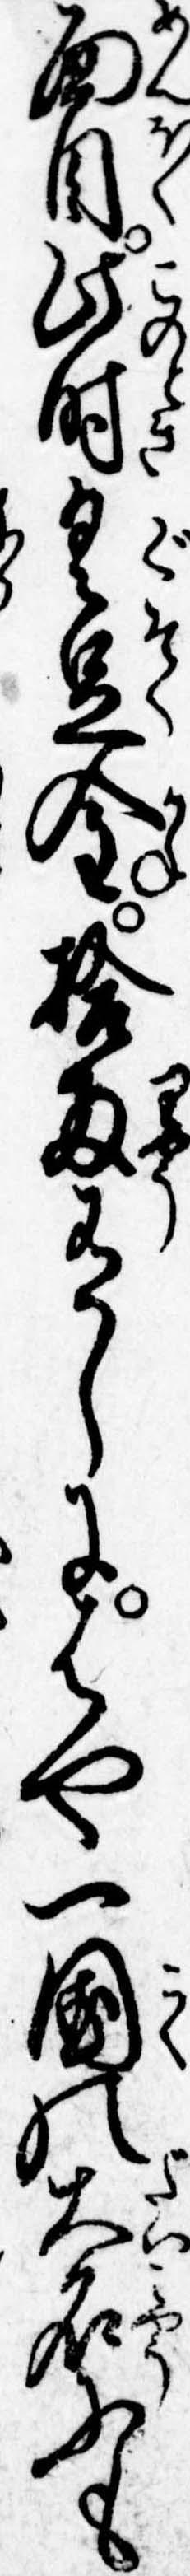
面目此時具足金拾両有しにはや一国の大名にも